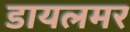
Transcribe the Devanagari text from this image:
डायलमर